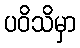
ပဝိသိမှာ